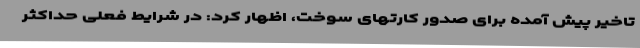
تاخیر پیش آمده برای صدور کارتهای سوخت، اظهار کرد: در شرایط فعلی حداکثر